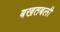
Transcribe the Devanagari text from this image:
बखतबली